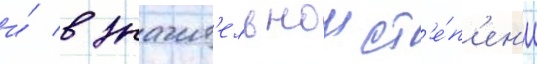
и́ в значит'ельнои ст'е́п'ен'и